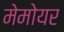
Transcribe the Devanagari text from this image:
मेमोयर